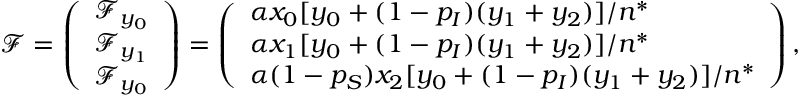
\mathcal { F } = \left( \begin{array} { l } { \mathcal { F } _ { y _ { 0 } } } \\ { \mathcal { F } _ { y _ { 1 } } } \\ { \mathcal { F } _ { y _ { 0 } } } \end{array} \right) = \left( \begin{array} { l } { \alpha x _ { 0 } [ y _ { 0 } + ( 1 - p _ { I } ) ( y _ { 1 } + y _ { 2 } ) ] / n ^ { * } } \\ { \alpha x _ { 1 } [ y _ { 0 } + ( 1 - p _ { I } ) ( y _ { 1 } + y _ { 2 } ) ] / n ^ { * } } \\ { \alpha ( 1 - p _ { S } ) x _ { 2 } [ y _ { 0 } + ( 1 - p _ { I } ) ( y _ { 1 } + y _ { 2 } ) ] / n ^ { * } } \end{array} \right) ,